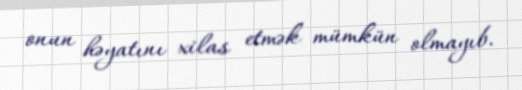
onun həyatını xilas etmək mümkün olmayıb.